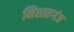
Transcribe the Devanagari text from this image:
निशातगंज